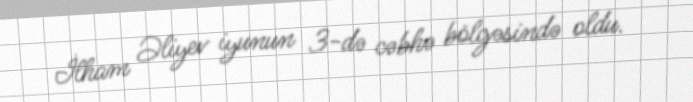
İlham Əliyev iyunun 3-də cəbhə bölgəsində oldu.